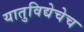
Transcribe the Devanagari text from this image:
यातुविद्येचेच